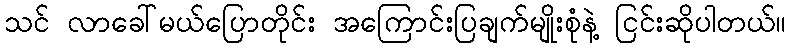
သင် လာခေါ်မယ်ပြောတိုင်း အကြောင်းပြချက်မျိုးစုံနဲ့ ငြင်းဆိုပါတယ်။